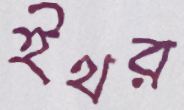
ইথর